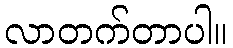
လာတက်တာပါ။